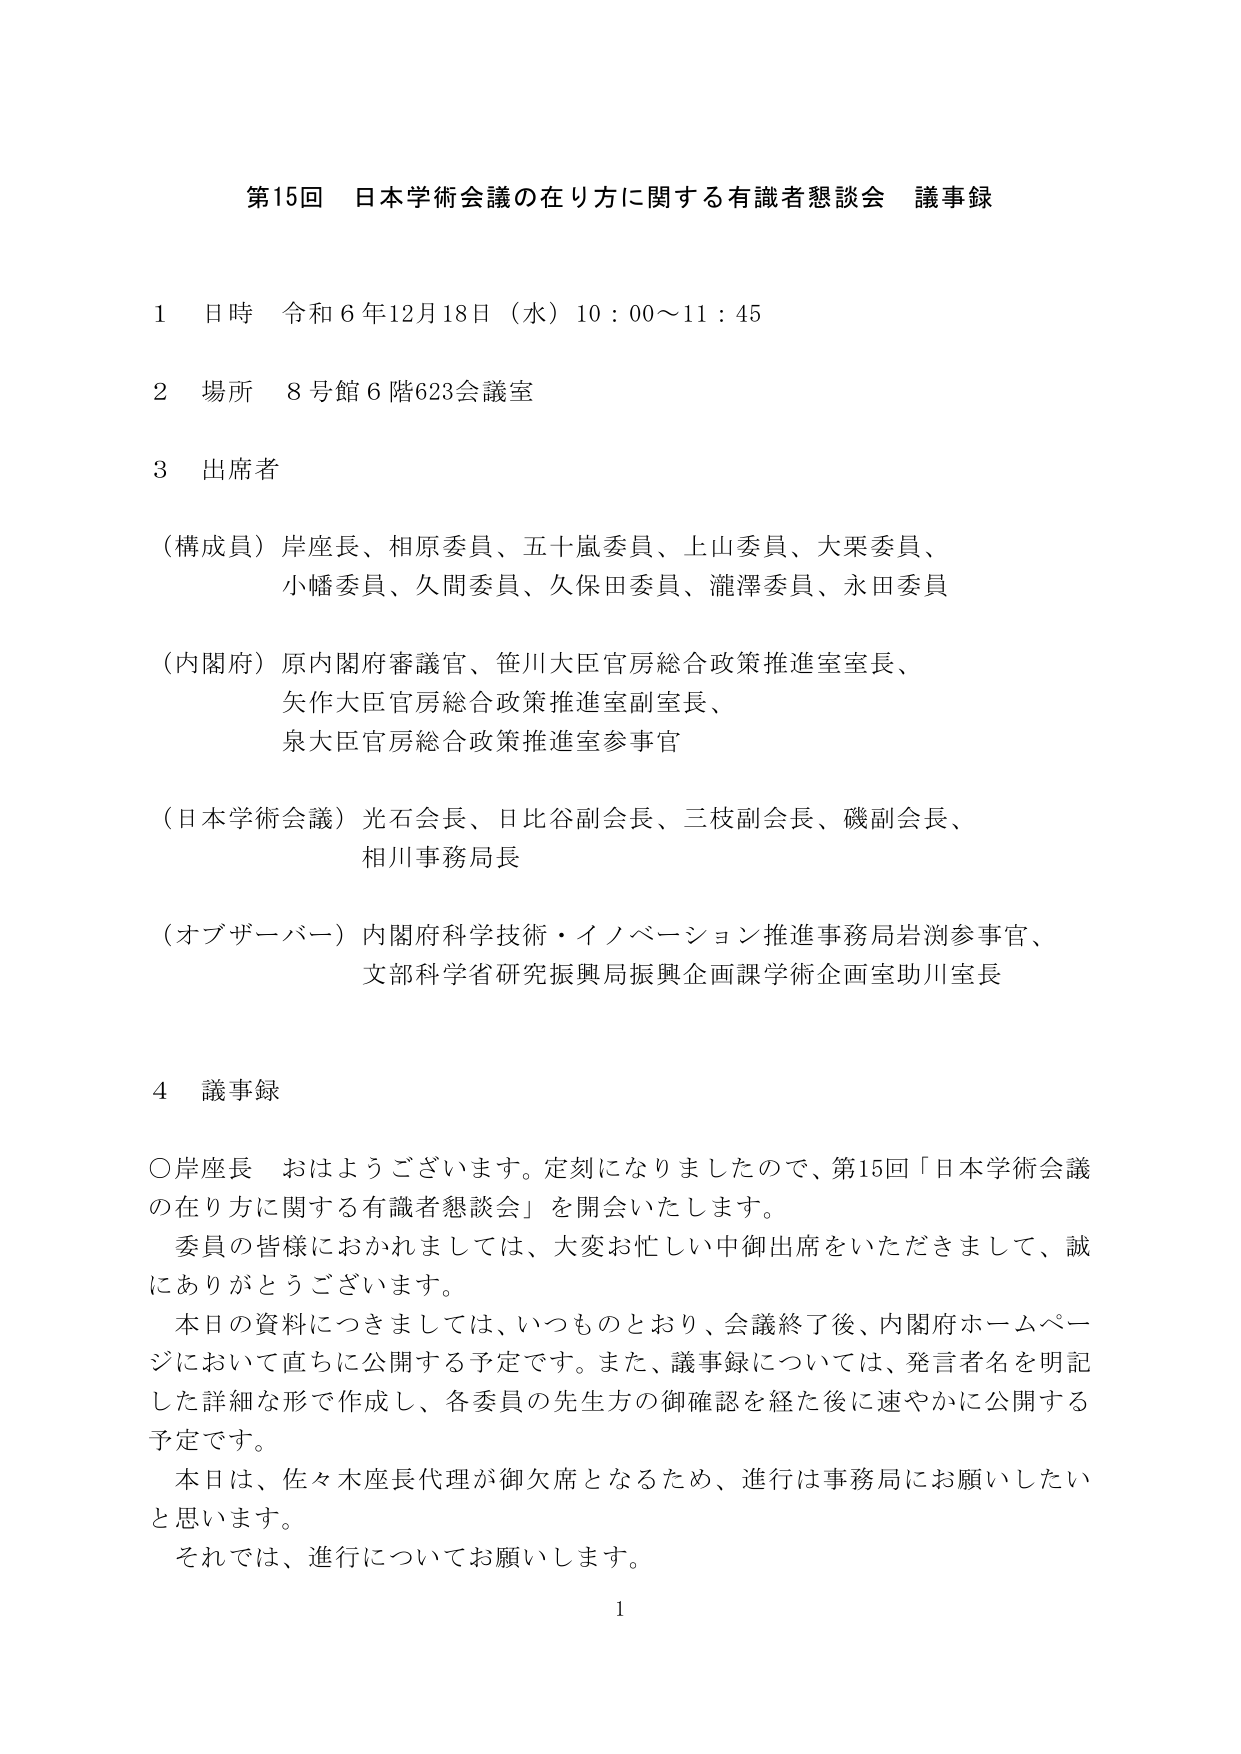
第15回 日本学術会議の在り方に関する有識者懇談会 議事録

1 日時 令和6年12月18日（水）10：00～11：45

2 場所 8号館6階623会議室

3 出席者

（構成員）岸座長、相原委員、五十嵐委員、上山委員、大栗委員、
小幡委員、久間委員、久保田委員、瀧澤委員、永田委員

（内閣府）原内閣府審議官、笹川大臣官房総合政策推進室室長、
矢作大臣官房総合政策推進室副室長、
泉大臣官房総合政策推進室参事官

（日本学術会議）光石会長、日比谷副会長、三枝副会長、磯副会長、
相川事務局長

（オブザーバー）内閣府科学技術・イノベーション推進事務局岩渕参事官、
文部科学省研究振興局振興企画課学術企画室助川室長

4 議事録

○岸座長 おはようございます。定刻になりましたので、第15回「日本学術会議の在り方に関する有識者懇談会」を開会いたします。
委員の皆様におかれましては、大変お忙しい中御出席をいただきまして、誠にありがとうございます。
本日の資料につきましては、いつものとおり、会議終了後、内閣府ホームページにおいて直ちに公開する予定です。また、議事録については、発言者名を明記した詳細な形で作成し、各委員の先生方の御確認を経た後に速やかに公開する予定です。
本日は、佐々木座長代理が御欠席となるため、進行は事務局にお願いしたいと思います。
それでは、進行についてお願いします。

1